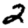
Digit: 2